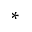
\ast